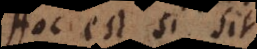
Hoc est si sit